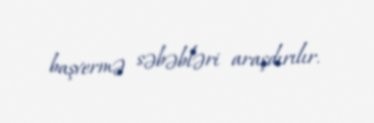
başvermə səbəbləri araşdırılır.